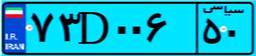
۵۴D۰۰۶۳۵